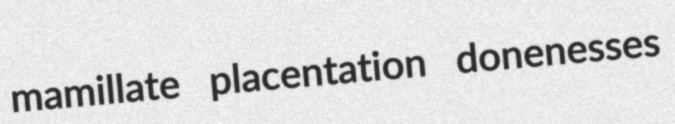
mamillate placentation donenesses